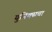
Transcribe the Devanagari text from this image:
युनिक्सचा